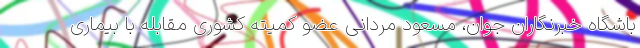
باشگاه خبرنگاران جوان، مسعود مردانی عضو کمیته کشوری مقابله با بیماری